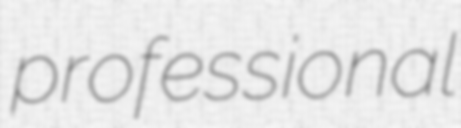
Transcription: professional